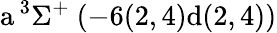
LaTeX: \textrm{a}\, ^{3}\Sigma^{+}~(-6(2,4)\textrm{d}(2,4))